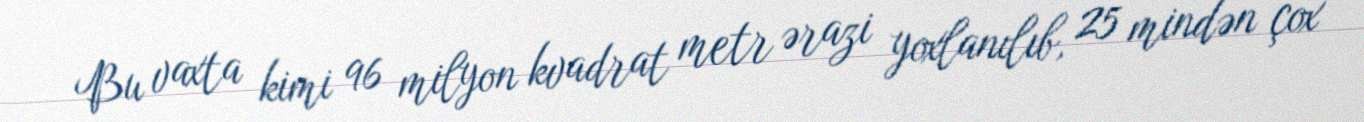
Bu vaxta kimi 96 milyon kvadrat metr ərazi yoxlanılıb, 25 mindən çox